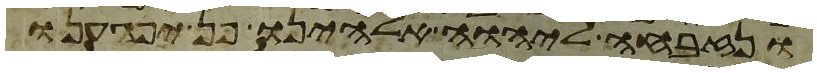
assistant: ונזבחה ליהוה אלהינו פן יפגענו